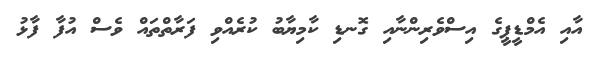
އާއި އެމްޑީޕީގެ އިސްވެރިންނާއި ގޮނޑި ކާމިޔާބު ކުރެއްވި ފަރާތްތައް ވެސް އުފާ ފާޅު